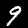
Label: 9